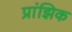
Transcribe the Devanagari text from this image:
प्रांझिक